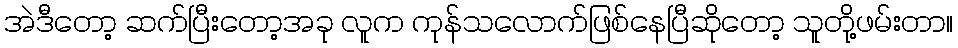
အဲဒီတော့ ဆက်ပြီးတော့အခု လူက ကုန်သလောက်ဖြစ်နေပြီဆိုတော့ သူတို့ဖမ်းတာ။